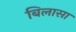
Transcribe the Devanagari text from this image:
बिलासा